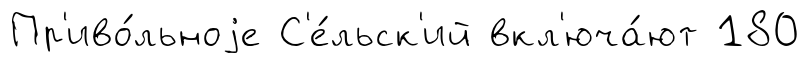
Пр'иво́льноjе С'е́льск'ий вкл'юча́ют 180